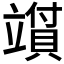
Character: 𬔪